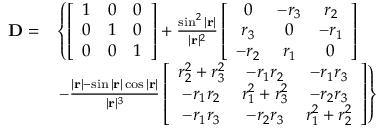
\begin{array} { r l } { \mathbf { D } = } & { \left\{ \left[ \begin{array} { l l l } { 1 } & { 0 } & { 0 } \\ { 0 } & { 1 } & { 0 } \\ { 0 } & { 0 } & { 1 } \end{array} \right] + \frac { \sin ^ { 2 } | \mathbf { r } | } { | \mathbf { r } | ^ { 2 } } \left[ \begin{array} { c c c } { 0 } & { - r _ { 3 } } & { r _ { 2 } } \\ { r _ { 3 } } & { 0 } & { - r _ { 1 } } \\ { - r _ { 2 } } & { r _ { 1 } } & { 0 } \end{array} \right] \right. } \\ & { \left. - \frac { | \mathbf { r } | - \sin | \mathbf { r } | \cos | \mathbf { r } | } { | \mathbf { r } | ^ { 3 } } \left[ \begin{array} { c c c } { r _ { 2 } ^ { 2 } + r _ { 3 } ^ { 2 } } & { - r _ { 1 } r _ { 2 } } & { - r _ { 1 } r _ { 3 } } \\ { - r _ { 1 } r _ { 2 } } & { r _ { 1 } ^ { 2 } + r _ { 3 } ^ { 2 } } & { - r _ { 2 } r _ { 3 } } \\ { - r _ { 1 } r _ { 3 } } & { - r _ { 2 } r _ { 3 } } & { r _ { 1 } ^ { 2 } + r _ { 2 } ^ { 2 } } \end{array} \right] \right\} } \end{array}